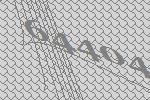
64404